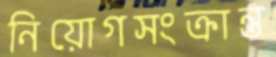
নিয়োগসংক্রান্ত